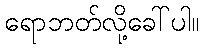
ရောဘတ်လို့ခေါ်ပါ။